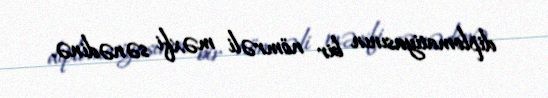
diplomatiyasının bir nömrəli məxfi sənədinə.